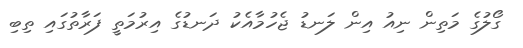
ގޯލުގެ މަތިން ނިއު އިން ލަނޑު ޖެހުމާއެކު ދަނޑުގެ އިރުމަތީ ފަރާތުގައި ތިބި